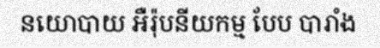
នយោបាយ អឺរ៉ុបនីយកម្ម បែប បារាំង